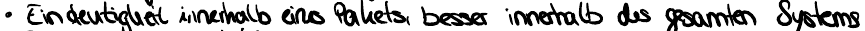
Eindeutigkeit innerhalb eines Pakets, besser innerhalb des gsamten Systems